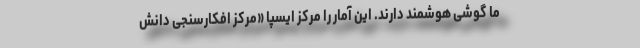
ما گوشی هوشمند دارند. این آمار را مرکز ایسپا «مرکز افکارسنجی دانش